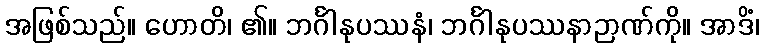
အဖြစ်သည်။ ဟောတိ၊ ၏။ ဘင်္ဂါနုပဿနံ၊ ဘင်္ဂါနုပဿနာဉာဏ်ကို။ အာဒိံ၊